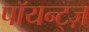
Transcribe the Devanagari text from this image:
पॉयन्ट्ज़